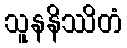
သူနနိဿိတံ